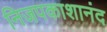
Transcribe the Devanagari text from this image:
निजपकाशानंद